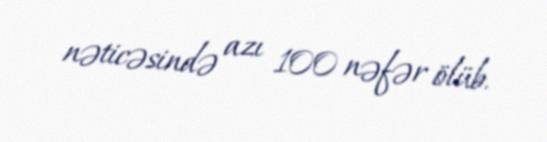
nəticəsində azı 100 nəfər ölüb.